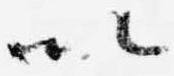
以